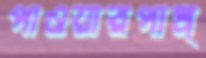
পাওয়ারপাম্